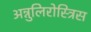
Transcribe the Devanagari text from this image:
अन्नुलिरोस्त्रिस